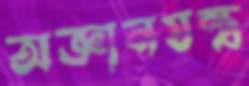
অজ্ঞানযন্ত্র